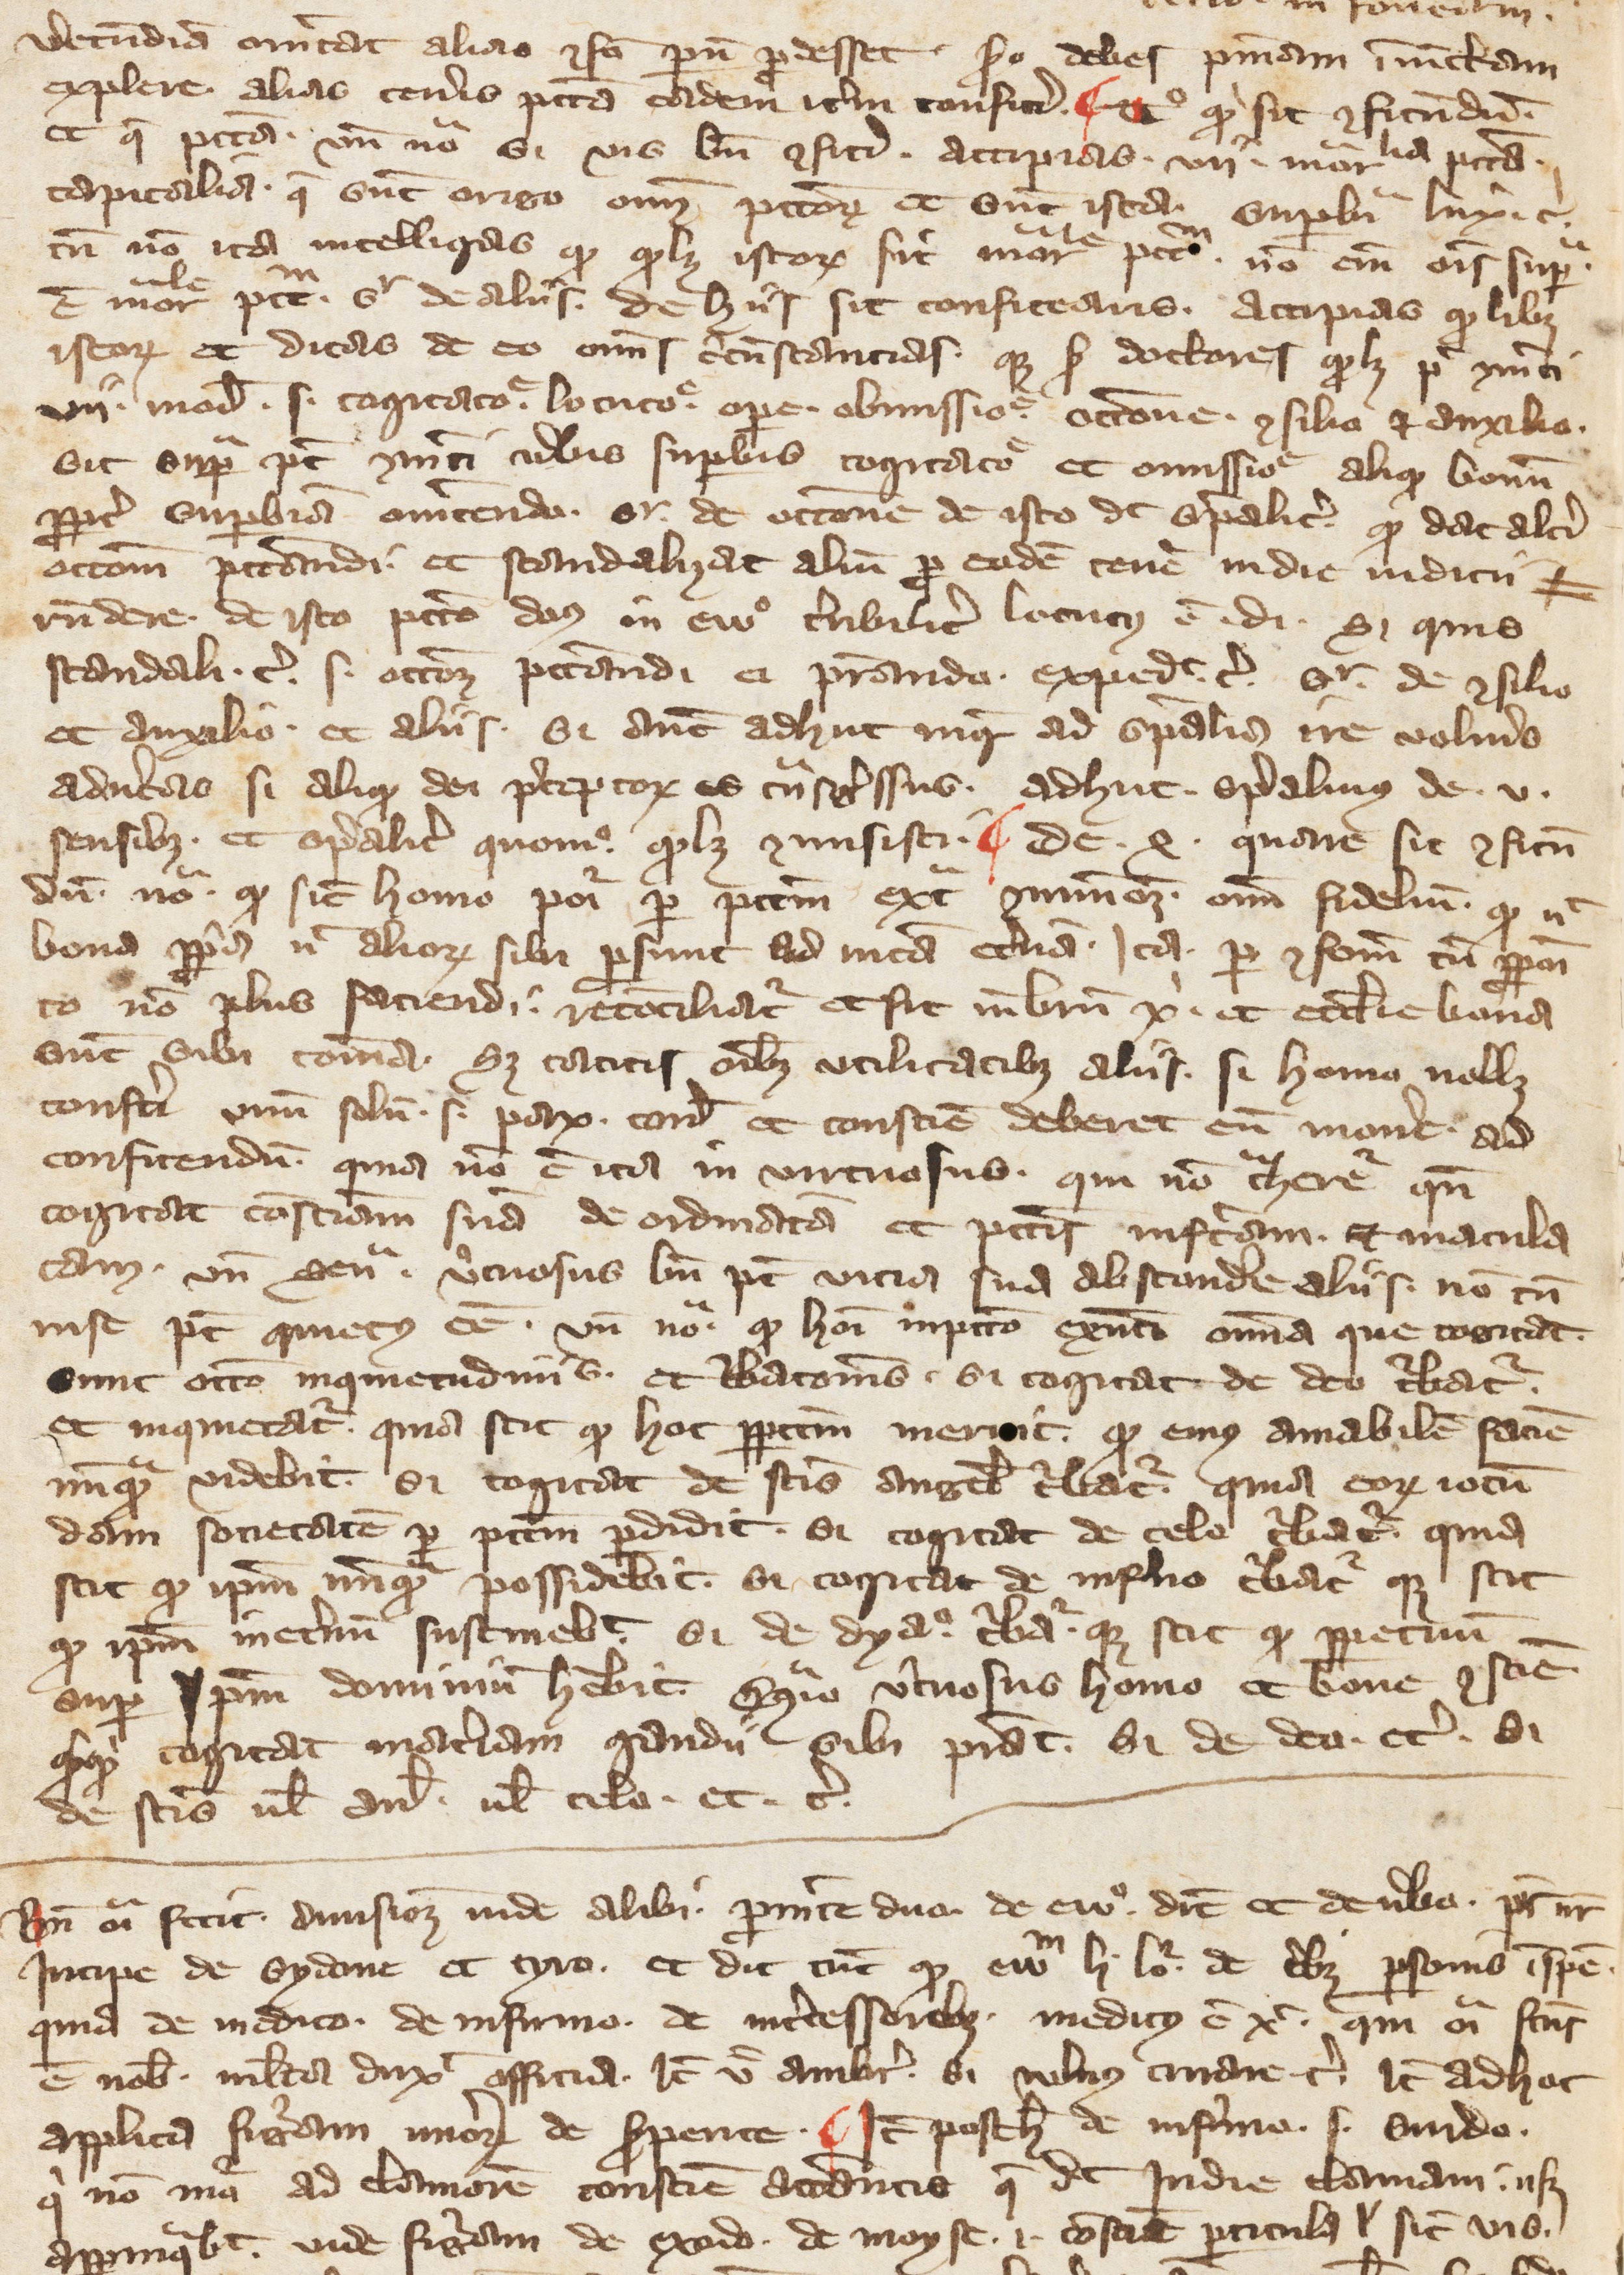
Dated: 1391–1421